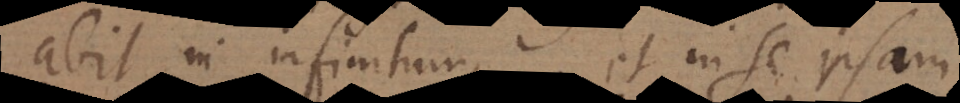
abit in infinitum, et in se ipsam